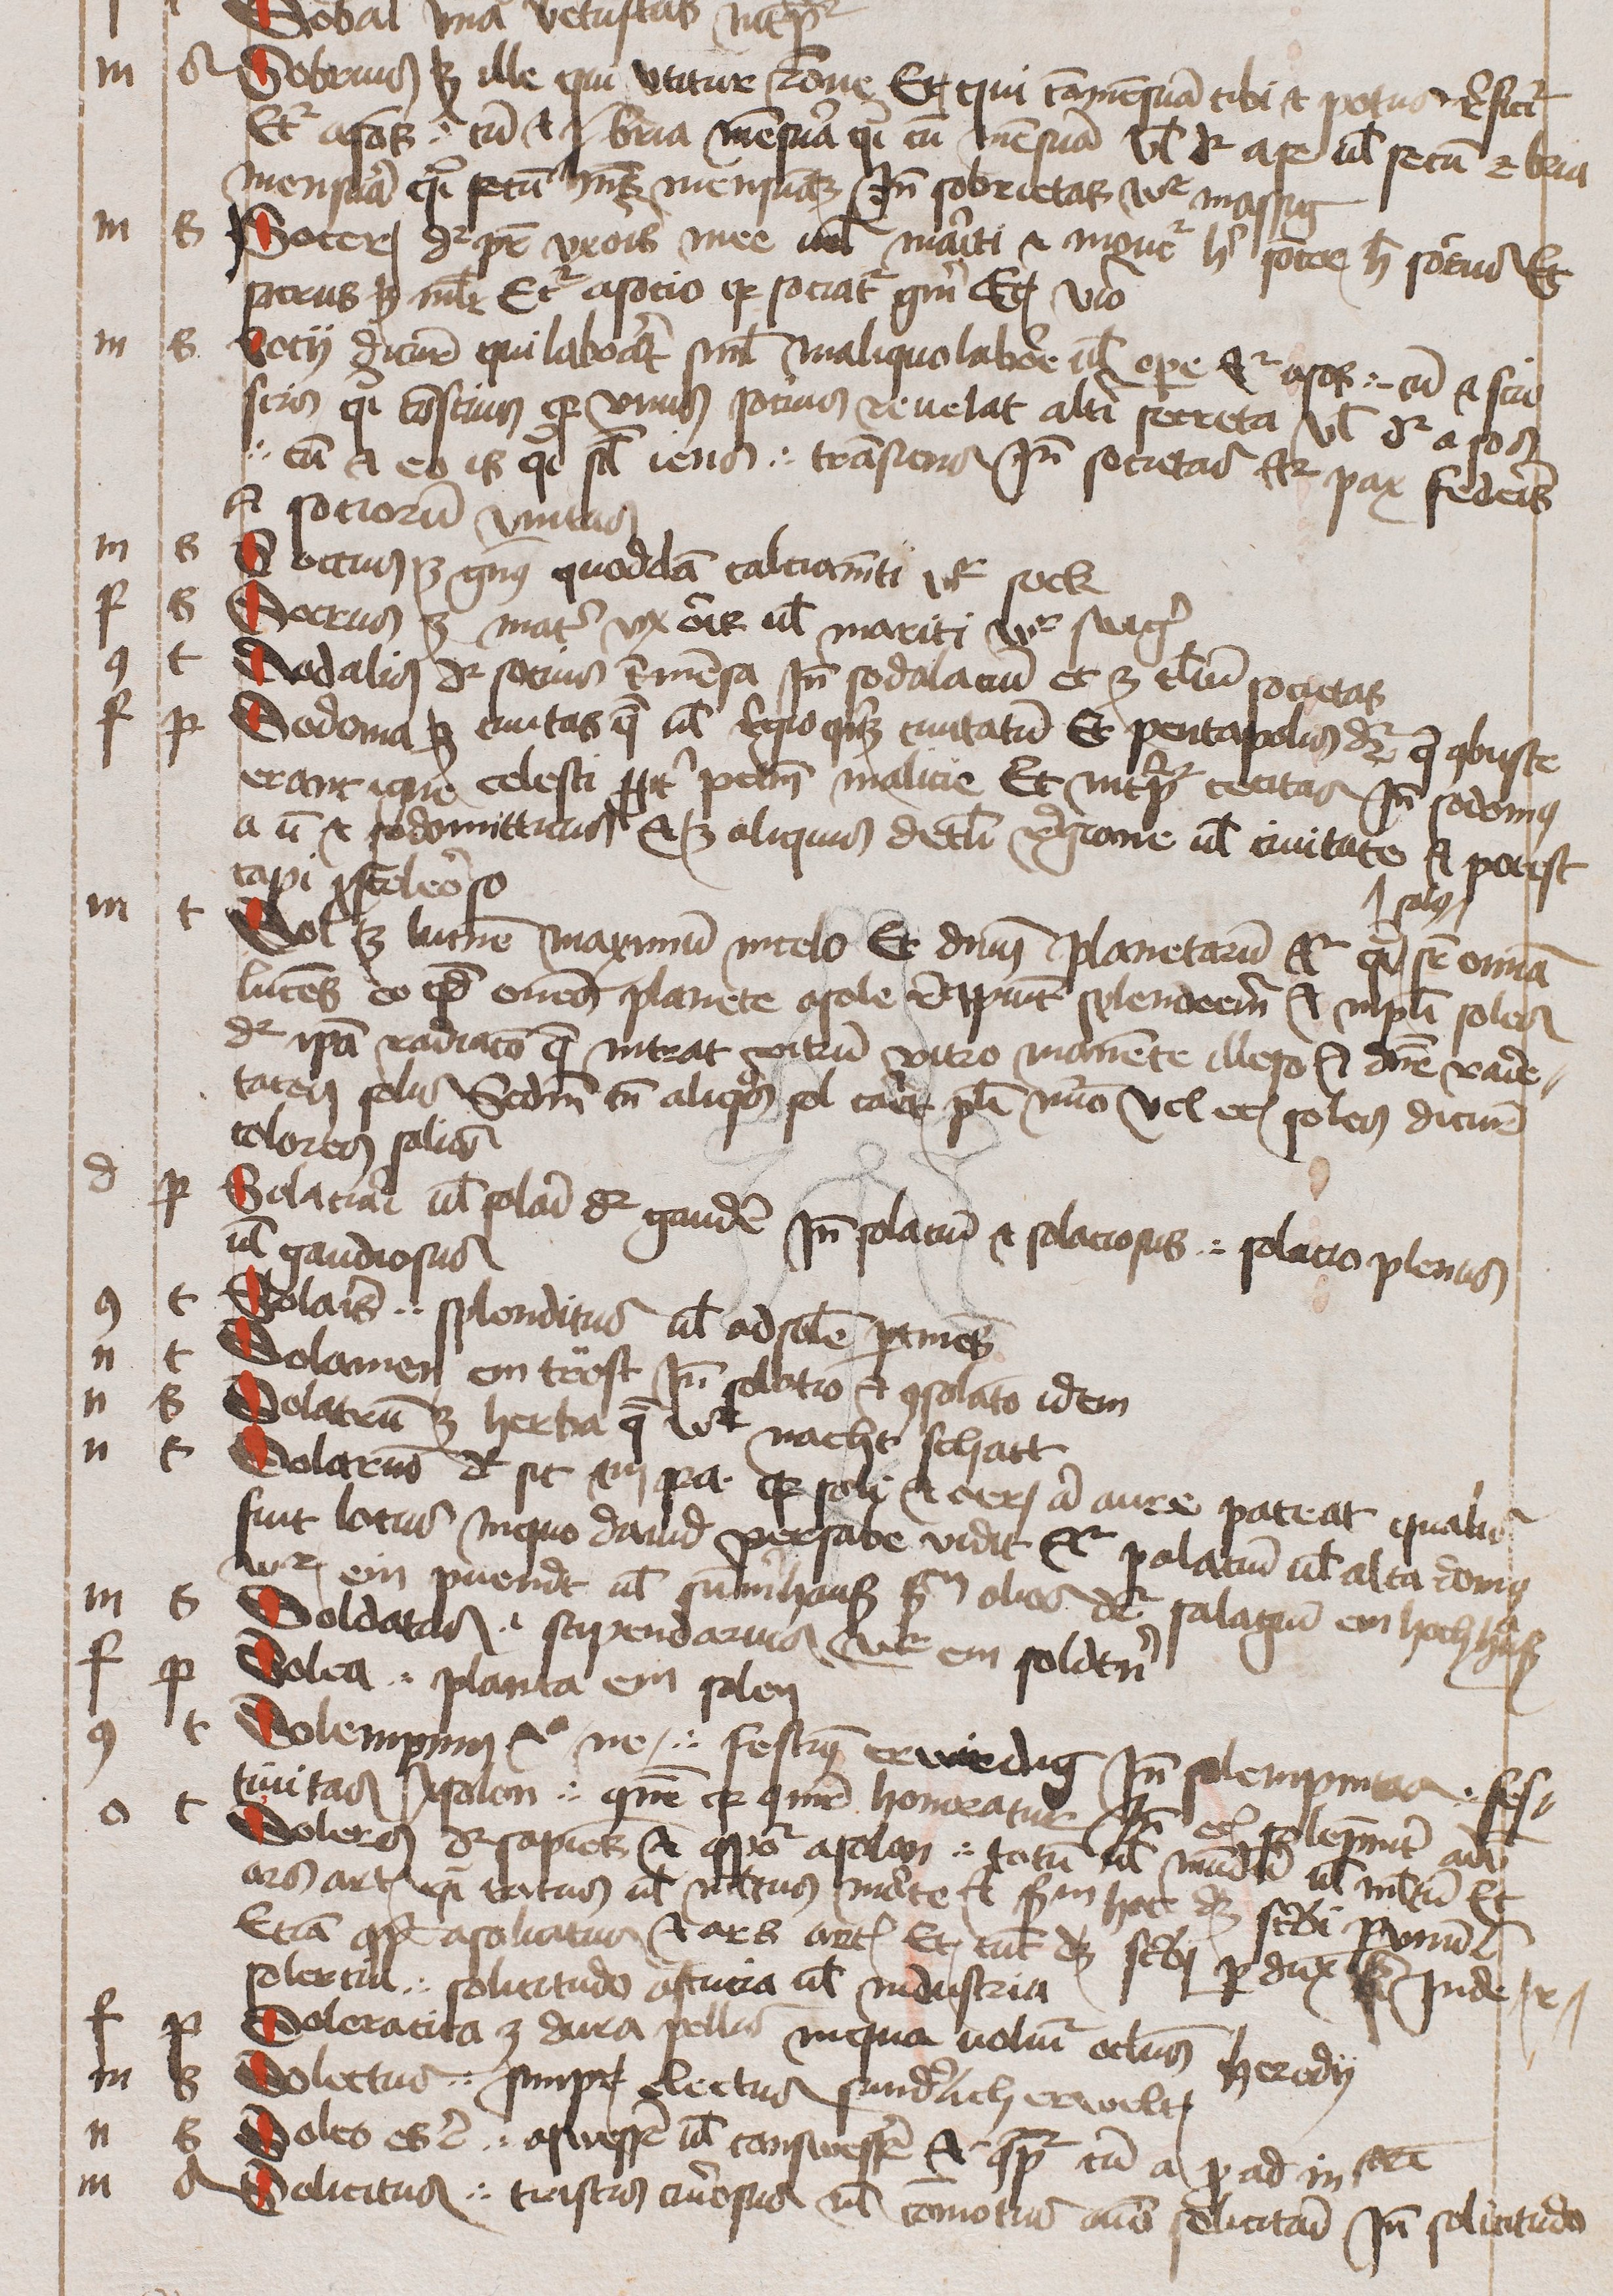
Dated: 1450–1474